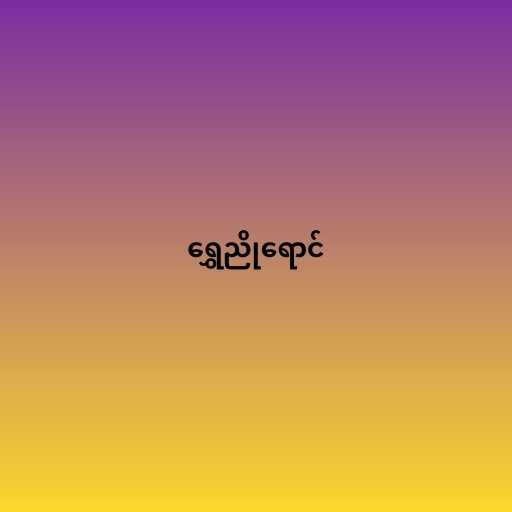
ရွှေညိုရောင်